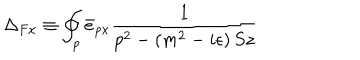
\Delta _ { F x } \equiv \oint _ { p } \bar { e } _ { p x } ^ { } \frac 1 { p ^ { 2 } - \left( m ^ { 2 } - i \epsilon \right) S z }